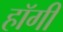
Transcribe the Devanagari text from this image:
हॉगी